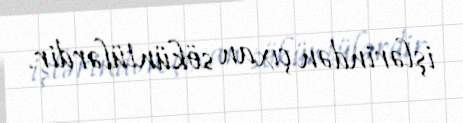
işlərindən çıxan söküntülərdir.